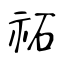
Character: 祏